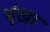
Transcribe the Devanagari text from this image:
भूंखा